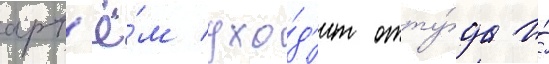
арт'ё́м ухо́д'ит отту́да и́